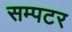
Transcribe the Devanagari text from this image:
सम्पटर